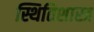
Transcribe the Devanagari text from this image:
स्थितिशास्त्र